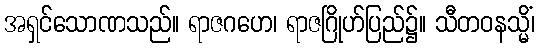
အရှင်သောဏသည်။ ရာဇဂဟေ၊ ရာဇဂြိုဟ်ပြည်၌။ သီတဝနသ္မိံ၊